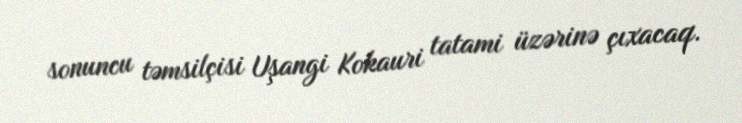
sonuncu təmsilçisi Uşangi Kokauri tatami üzərinə çıxacaq.